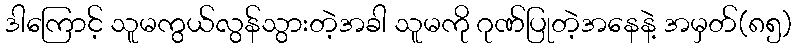
ဒါကြောင့် သူမကွယ်လွန်သွားတဲ့အခါ သူမကို ဂုဏ်ပြုတဲ့အနေနဲ့ အမှတ်(၈၅)